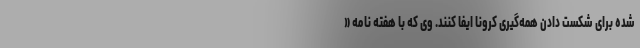
شده برای شکست دادن همه‌گیری کرونا ایفا کنند. وی که با هفته نامه «